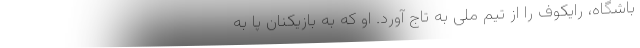
باشگاه، رایکوف را از تیم ملی به تاج آورد. او که به بازیکنان پا به